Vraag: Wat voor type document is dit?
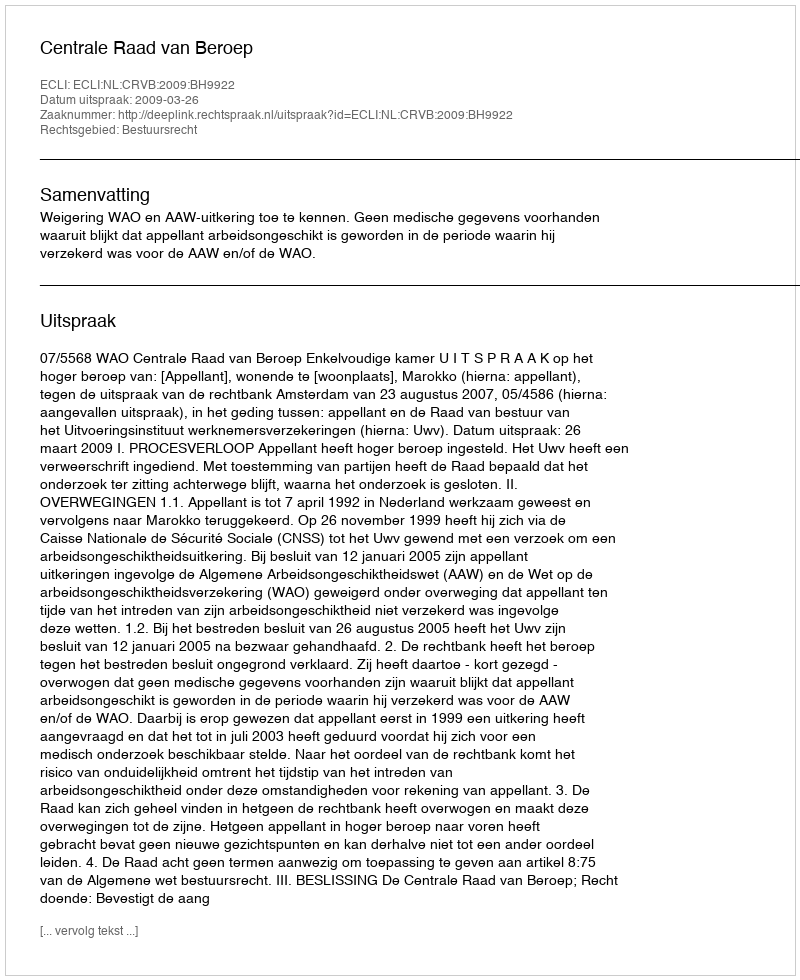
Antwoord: Uitspraak